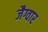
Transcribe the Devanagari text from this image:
जैग्वार